Scottish Certificate of Education, 1962
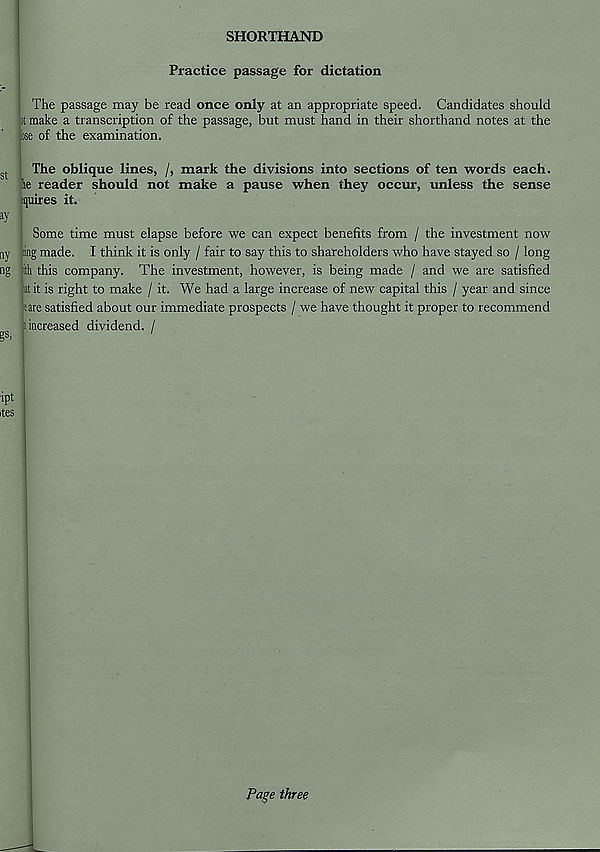
SHORTHAND
Practice passage for dictation
The passage may be read once only at an appropriate speed. Candidates should
ot make a transcription of the passage, but must hand in their shorthand notes at the
' ose of the examination.
st
ay
ny
ng
gs.
The oblique lines, /, mark the divisions into sections of ten words each,
k reader should not make a pause when they occur, unless the sense
iquires it.
Some time must elapse before we can expect benefits from / the investment now
:ing made. I think it is only / fair to say this to shareholders who have stayed so / long
ith this company. The investment, however, is being made / and we are satisfied
at it is right to make / it. We had a large increase of new capital this / year and since
sare satisfied about our immediate prospects / we have thought it proper to recommend
] increased dividend. /
ipt
ites
Page three